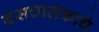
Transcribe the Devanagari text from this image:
बसचालकाचे